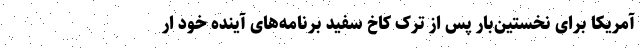
آمریکا برای نخستین‌بار پس از ترک کاخ سفید برنامه‌های آینده خود ار